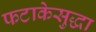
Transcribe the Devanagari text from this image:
फटाकेसुद्धा